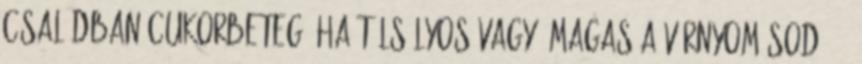
családban cukorbeteg, ha túlsúlyos vagy, magas a vérnyomásod, 35